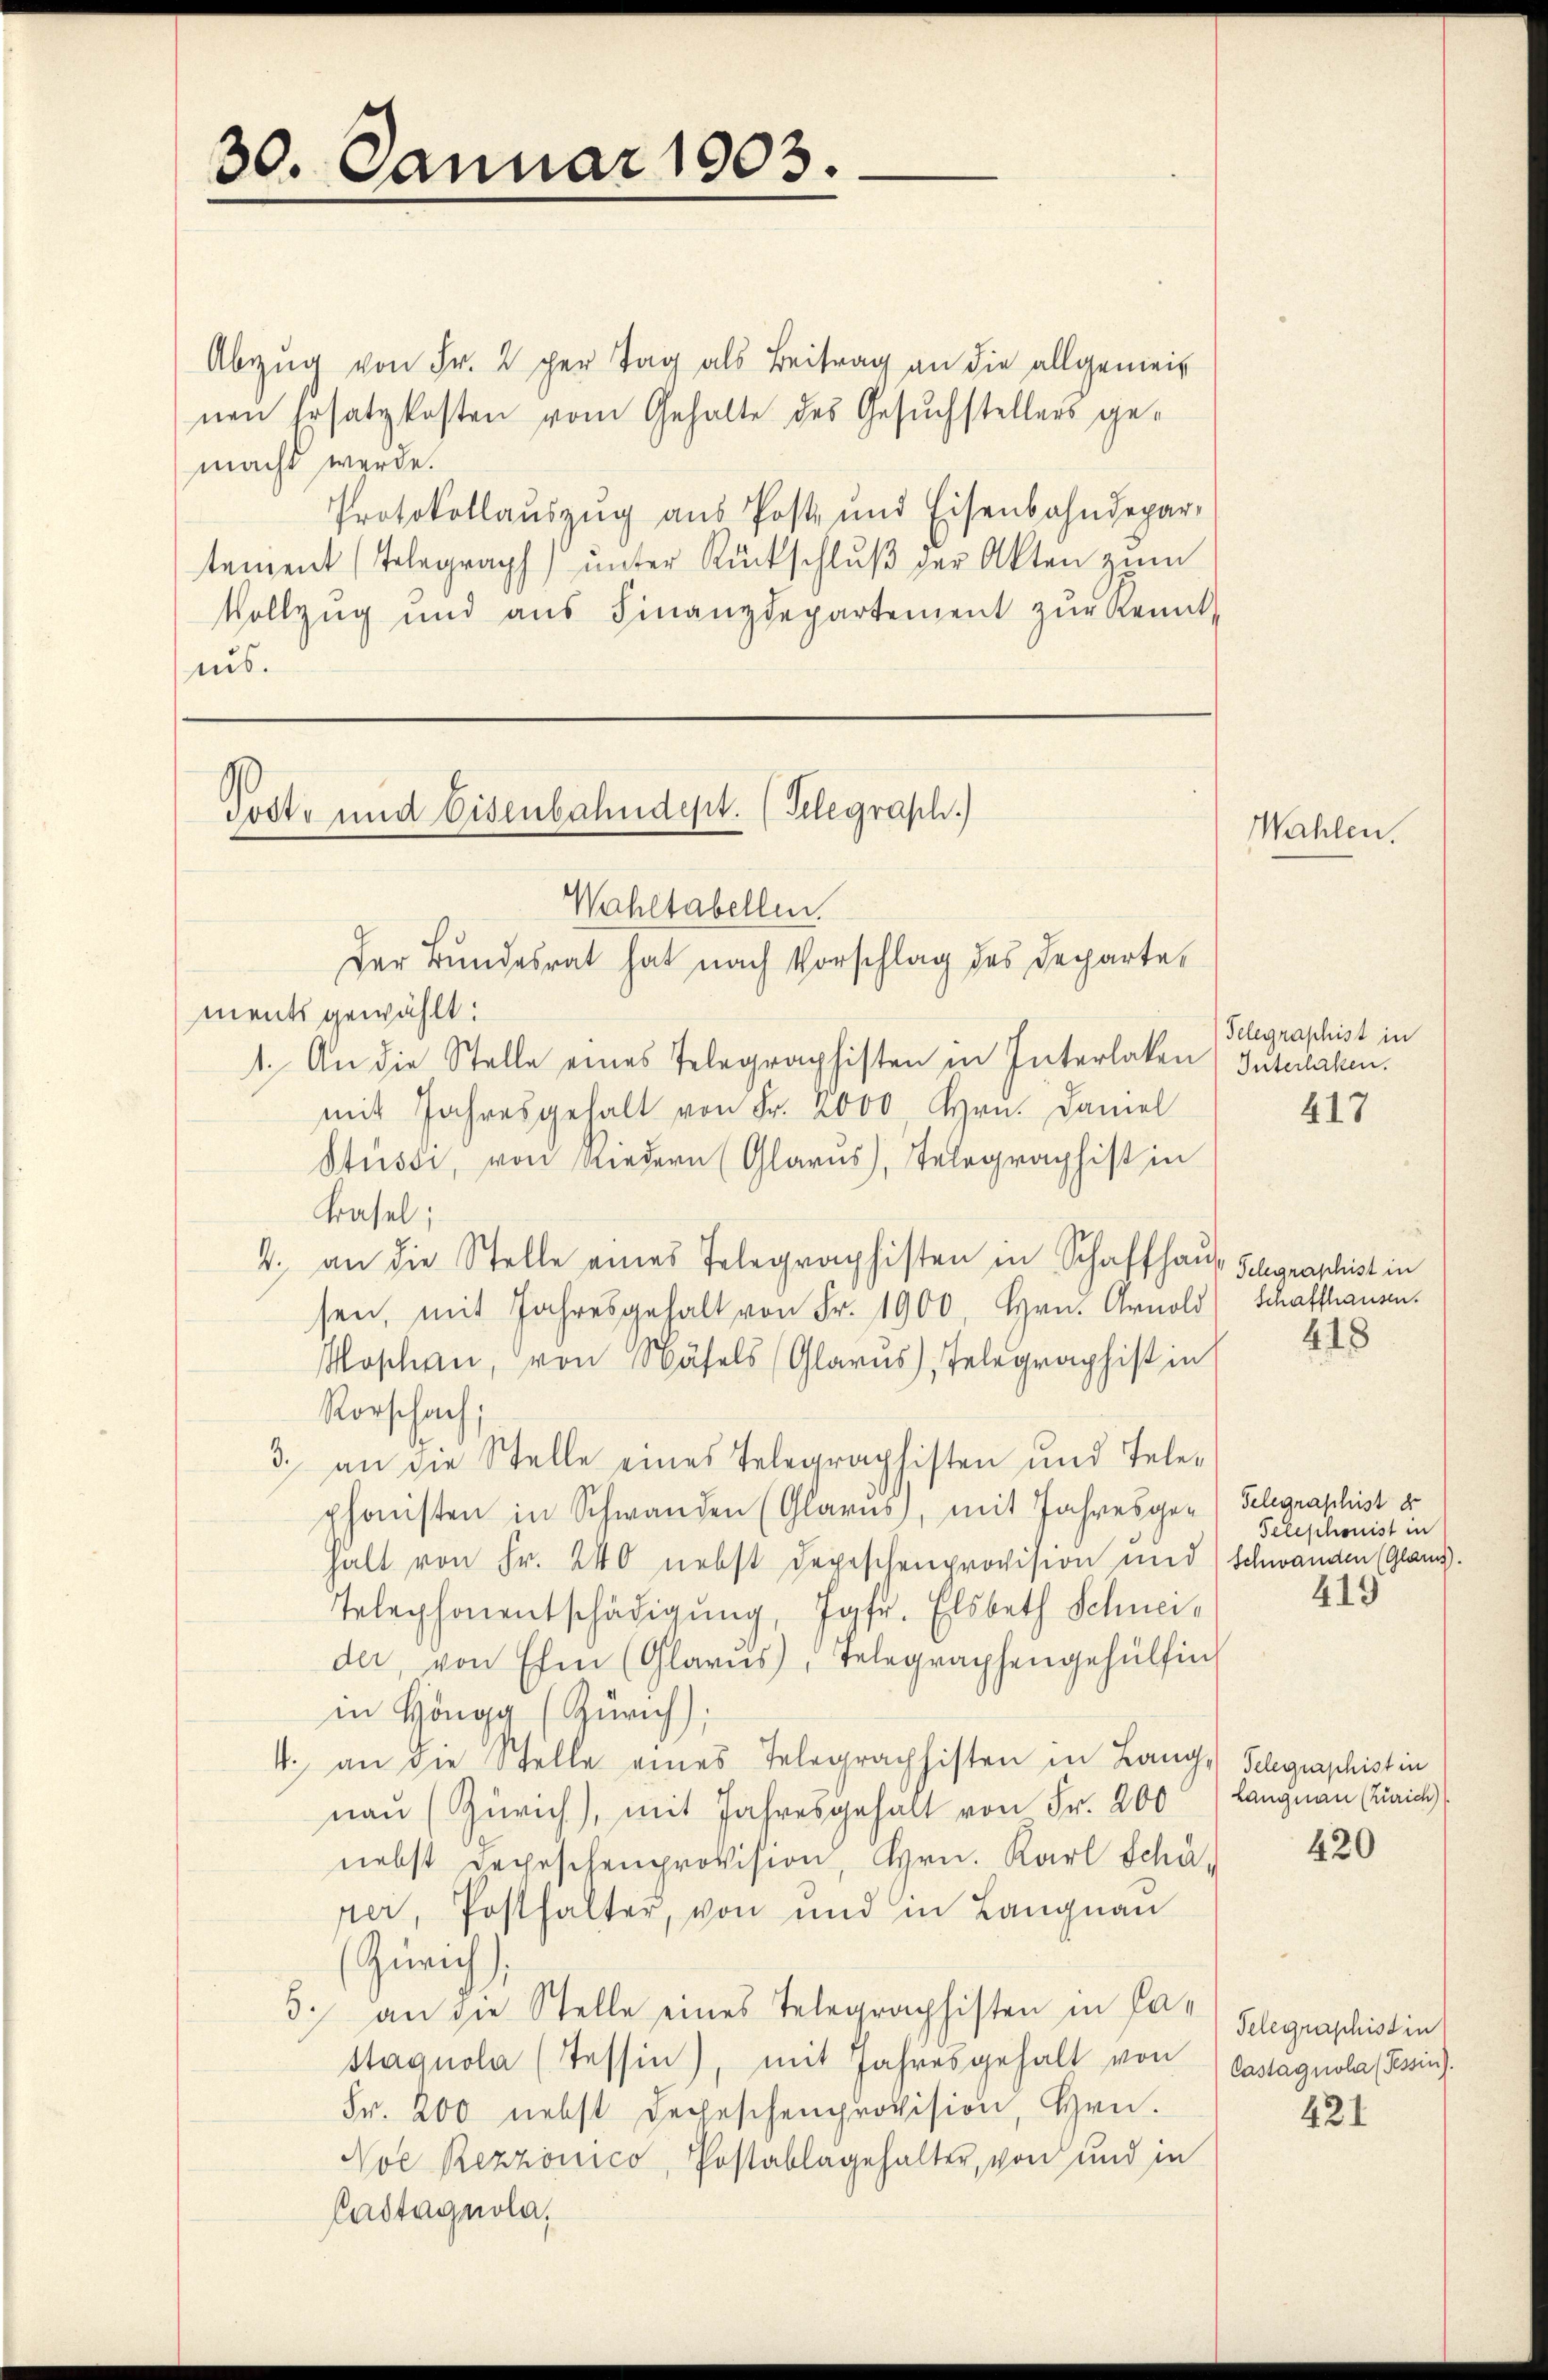
30. Januar 1903.

Abzŭg von Fr. 2 per Tag als Beitrag an die allgemeinen Ersatzkosten vom Gehalte des Gesuchstellers gemacht werde.
Protokollauszug aus Post- und Eisenbahndepar-
tement (Telegraph ŭnter Rückschlŭβ der Akten zum
Vollzug und aŭs Finanzdepartement zŭr Kennt-
ius.

Posts und Eisenbahndept. (Telegraph.)

Wahltabellen.
Der Bundesrat hat nach Vorschlag des Departements gewählt:
1. An die Stelle eines Telegraphisten in Interlaken) Interlaken.
mit Jahresgehalt von Fr. 2000 Hrn. Damal
Stüssi, von Riedern (Glarus, Telegraphist in
Basel;
4. an die Stelle eines Telegraphisten in Schaffhaus Schgraphist in
sen, mit Jahresgehalt von Fr. 1900 Hrn. Arnold Schaffhausen.
Moschen, von Näfels (Glarus, Telegraphist in
Rorschach;
3. an die Stelle eines Telegraphisten und Tele-
phonisten in Schwanden (Glarus, mit Jahresge- Gelegraphist d
Halt von Fr. 240 nebst Depeschenprovision und Schwanden (Glanz.
Telephonentschädigung, Jgfr. Elsbeth Schneider, von Ehen (Glarus, Telegraphengehülfen
in Höngg (Zürich),
4. an die Stelle eines Telegraphisten in Lang, Schgraphistin
naŭ (Zürich), mit Jahresgehalt von Fr. 200 (Langnau (Zürich
nebst Depeschenprovision, Hrn. Karl Schä-
per, Posthalter, von und in Langnau
Zürich
3. an die Stelle eines Telegraphisten in Pa-
Stagnola (Tessin), mit Jahresgehalt von Castagnola (Tessin.
Fr. 200 nebst Depeschenprovision, Hrn.
Nol Rezzonico, Postablagehalter, von und in
Castagnola,

Wahlen.

Telegraphist in
417

418

Telephonist in
419

420

Telegraphistin
421